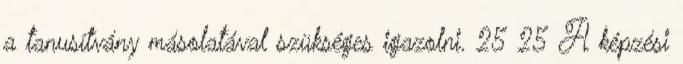
a tanusítvány másolatával szükséges igazolni. 25 25 A képzési